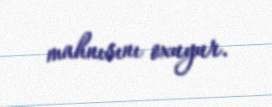
mahnısını oxuyur.